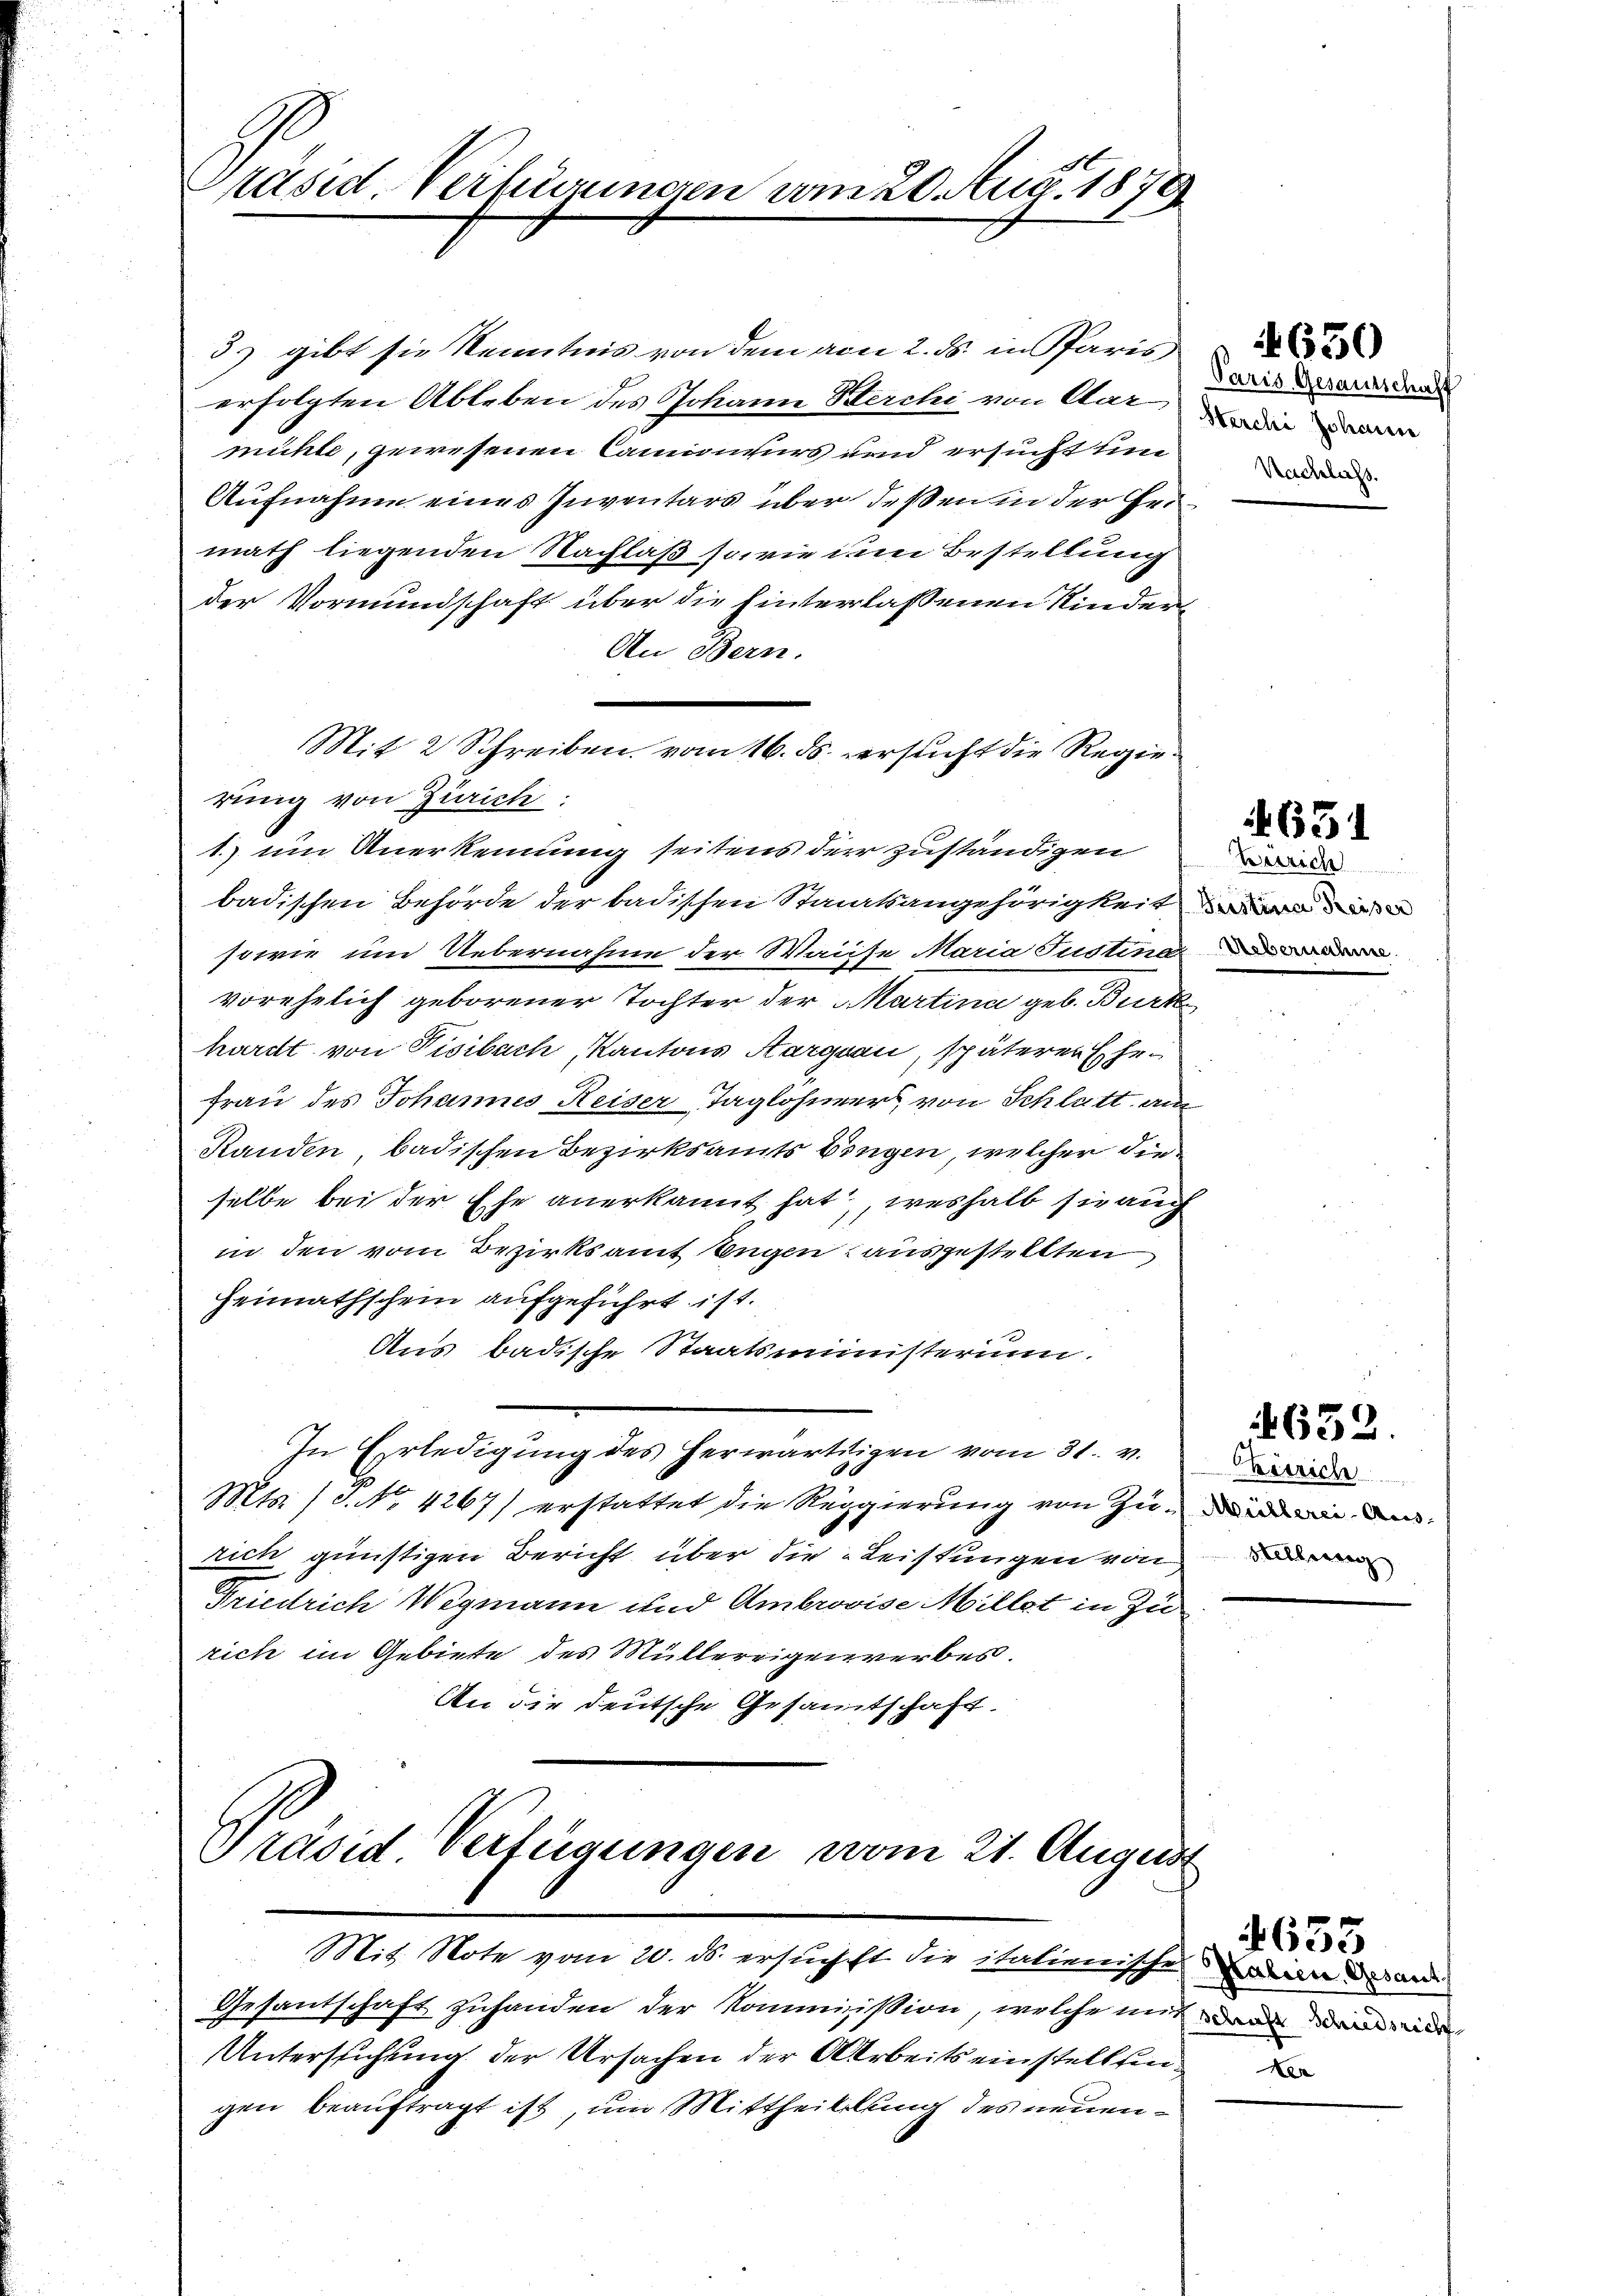
Präsidt Verferneren am 20. Aug. 1879

5) gibt sie Kenntnis von dem am 2. ds. in Pfares
erfolgten Ableben des Johann Werchi von Aar
mühle, gewesenen Camiirs und ersucht den
Aufnahme eines Inventars über deßen in der Gemath liegenden Nachlaß sowie dem Bestellung
der Vormundschaft über die hinterlassenen Kinder¬
An Bern.
badischen Behörde der badischen Staatsangehörigkeit
sowie um Uebernahme der Waise Maria Justind
vorehelich geborener Tochter der Martina geb. Burk
hardt von Pisibach, Kantons Aargau, späteren Ehe¬
Frau des Johannes Reiser Taglohner, von Schlatt am
Standen, badischen Bezirksamts Eingen, welcher die
selbe bei der Ehe anerkannt hat, weshalb sie auch
in den vom Bezirksamt Eugen ausgestellten
Heimathschein aufgeführt ist.
Aus badische Staatsministerium.
In Erledigŭng des herwärtigen vom 31. v.
Mts. (T. No. 4267) erstattet die Reggierung von Zu- de
rich günstigen Bericht über die Leistungen von
Friedrich Wegmann und Ambrovise Millet in Zurich im Gebiete des Müllereigerwerbes.
An die deutsche Gesamtschaft.

Mit 2 Schreiben vom 16. ds. ersucht die Regierung von Zürich:
1.) um Anerkennung seitens der zuständigen

Präsid Verfügungen vom 21. August
Mit Note vom 20. ds. ersuchst die italienischen Bei dan

Gesantschaft zuhanden der Kommission, welche mit dann den
Untersuchung der Ursachen der Arbeits einstellein
gen beauftragt ist, um Mittheilung des neuen¬

Paris Gesamtschaft
Herchi Johann
Nachlass.

650

651

Berrich
Uebernahme.

4652.

Kesrich
Stellung

633